Bréfritari: Jakobína Jónsdóttir
Viðtakandi: Sólveig Jónsdóttir
Dagsetning: A-1856-05-14
Skrifað á: Hólmum  S-Múl.
systir bréfviðtakanda

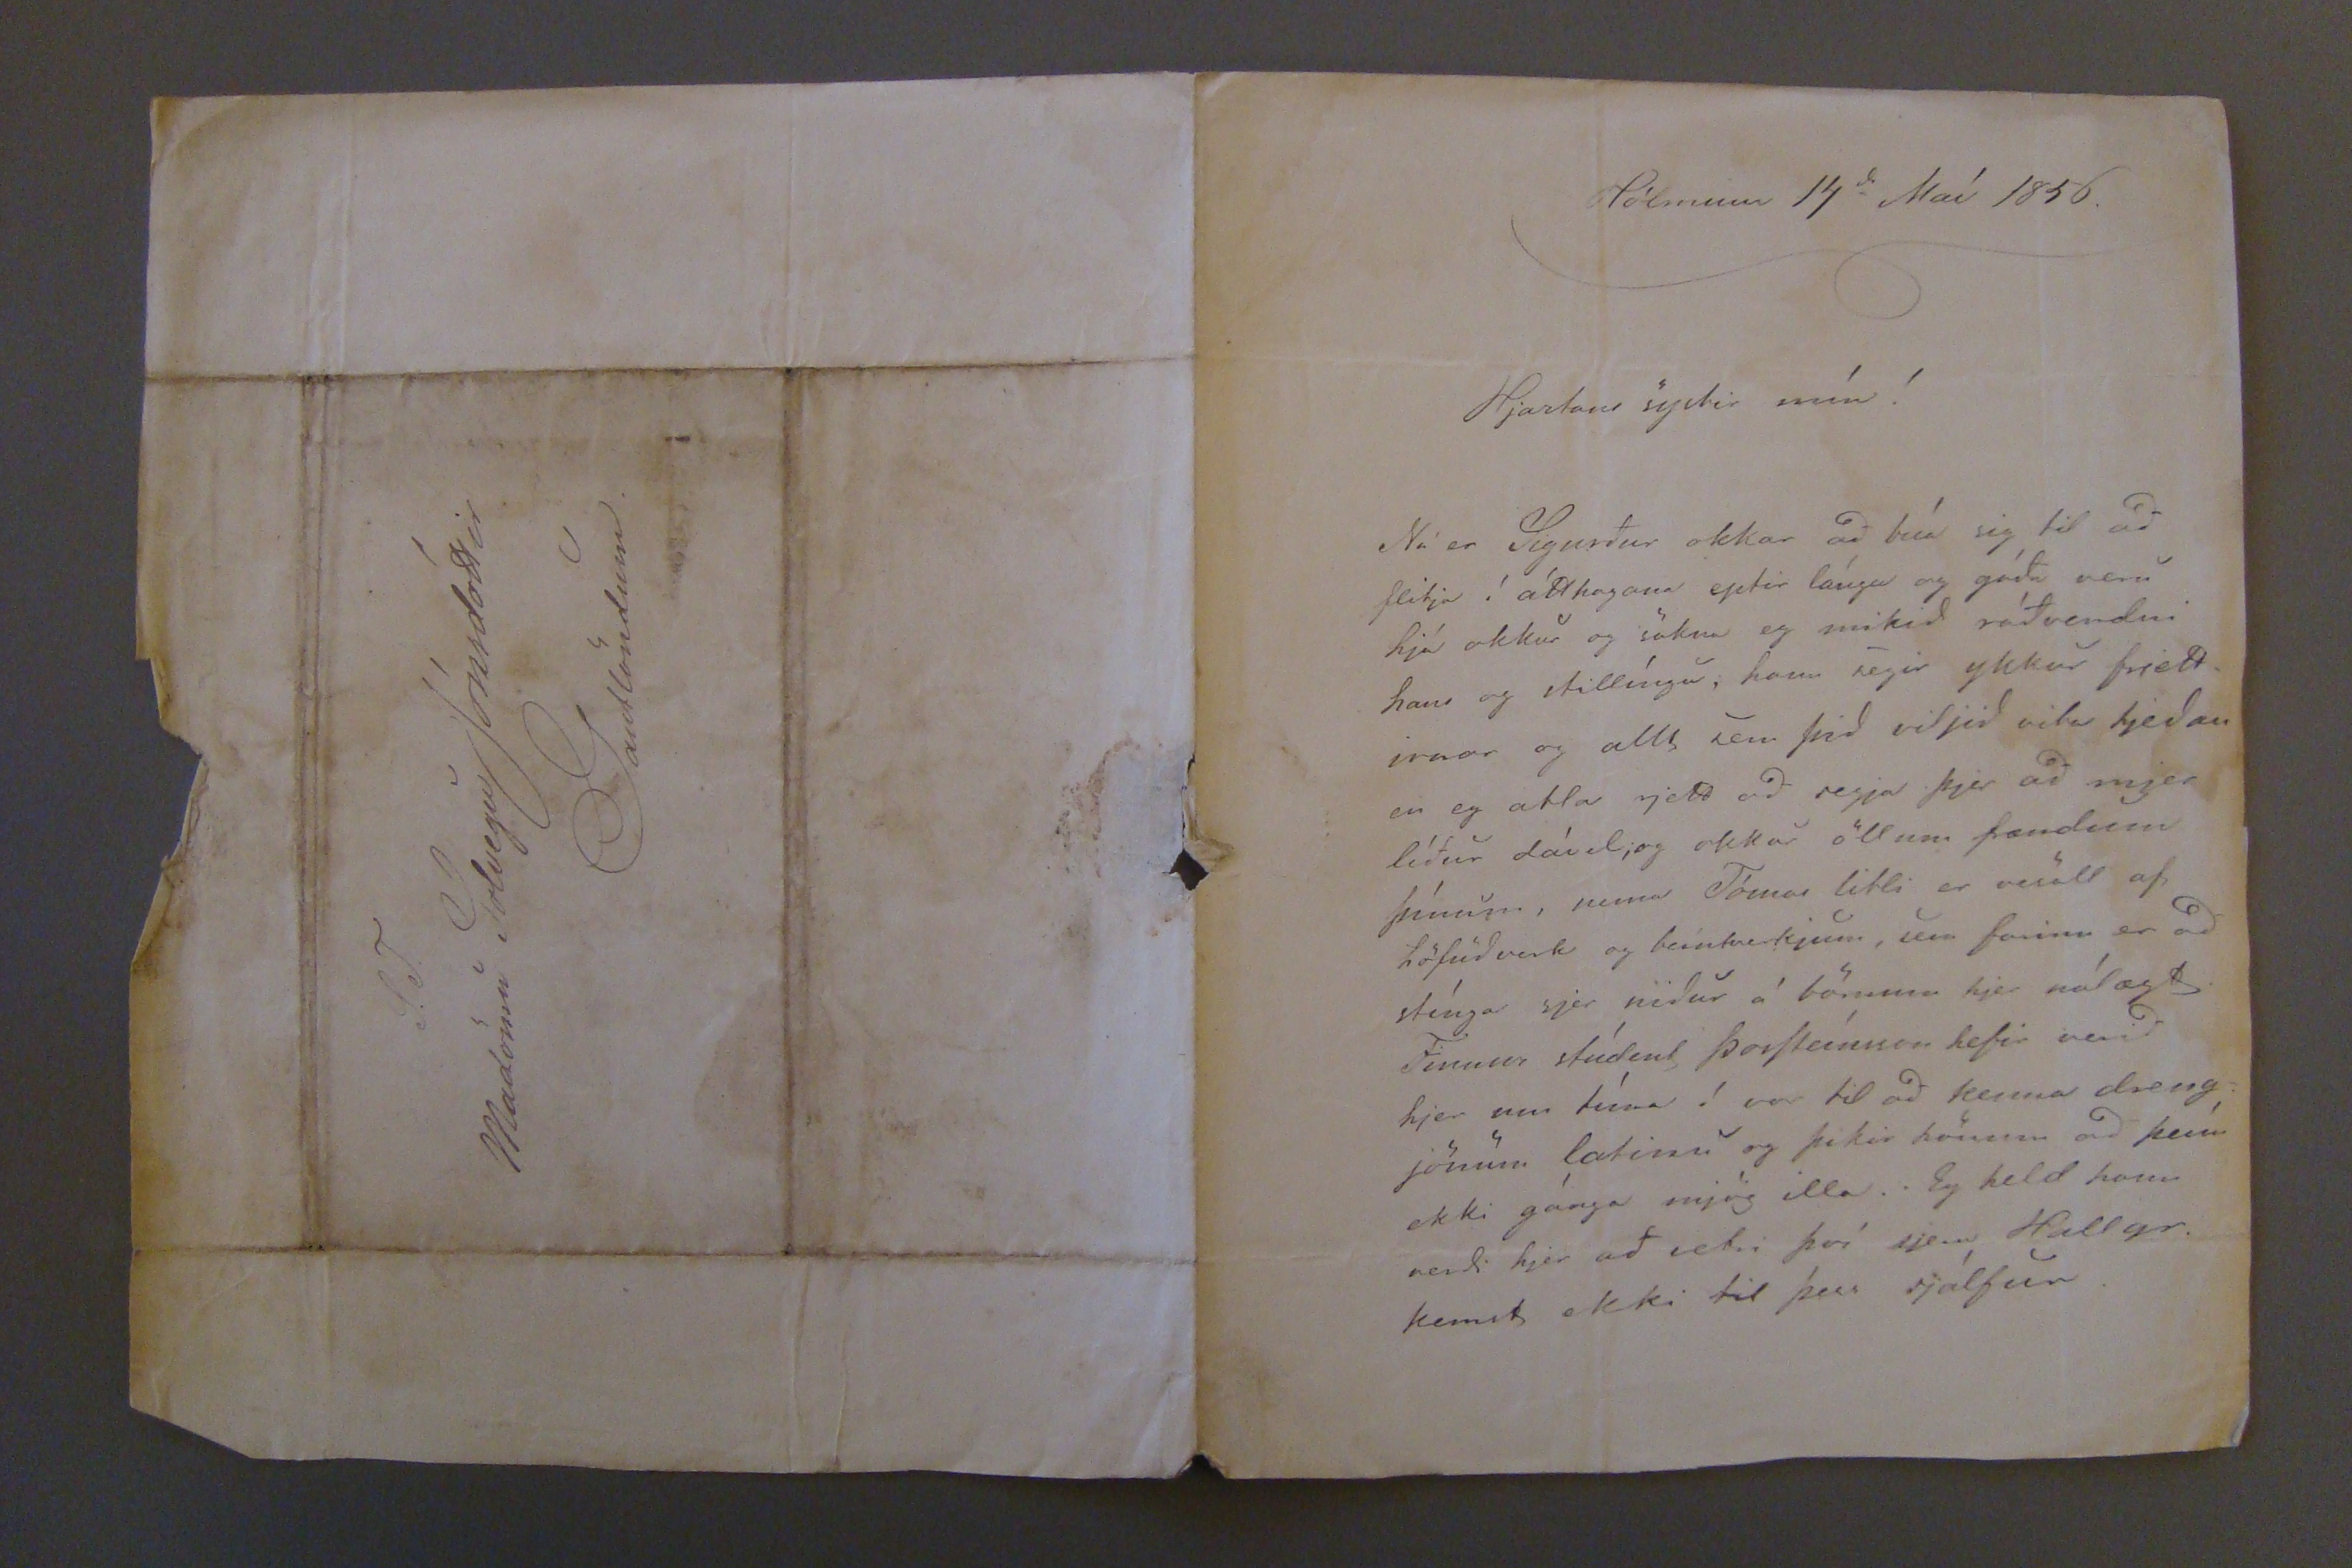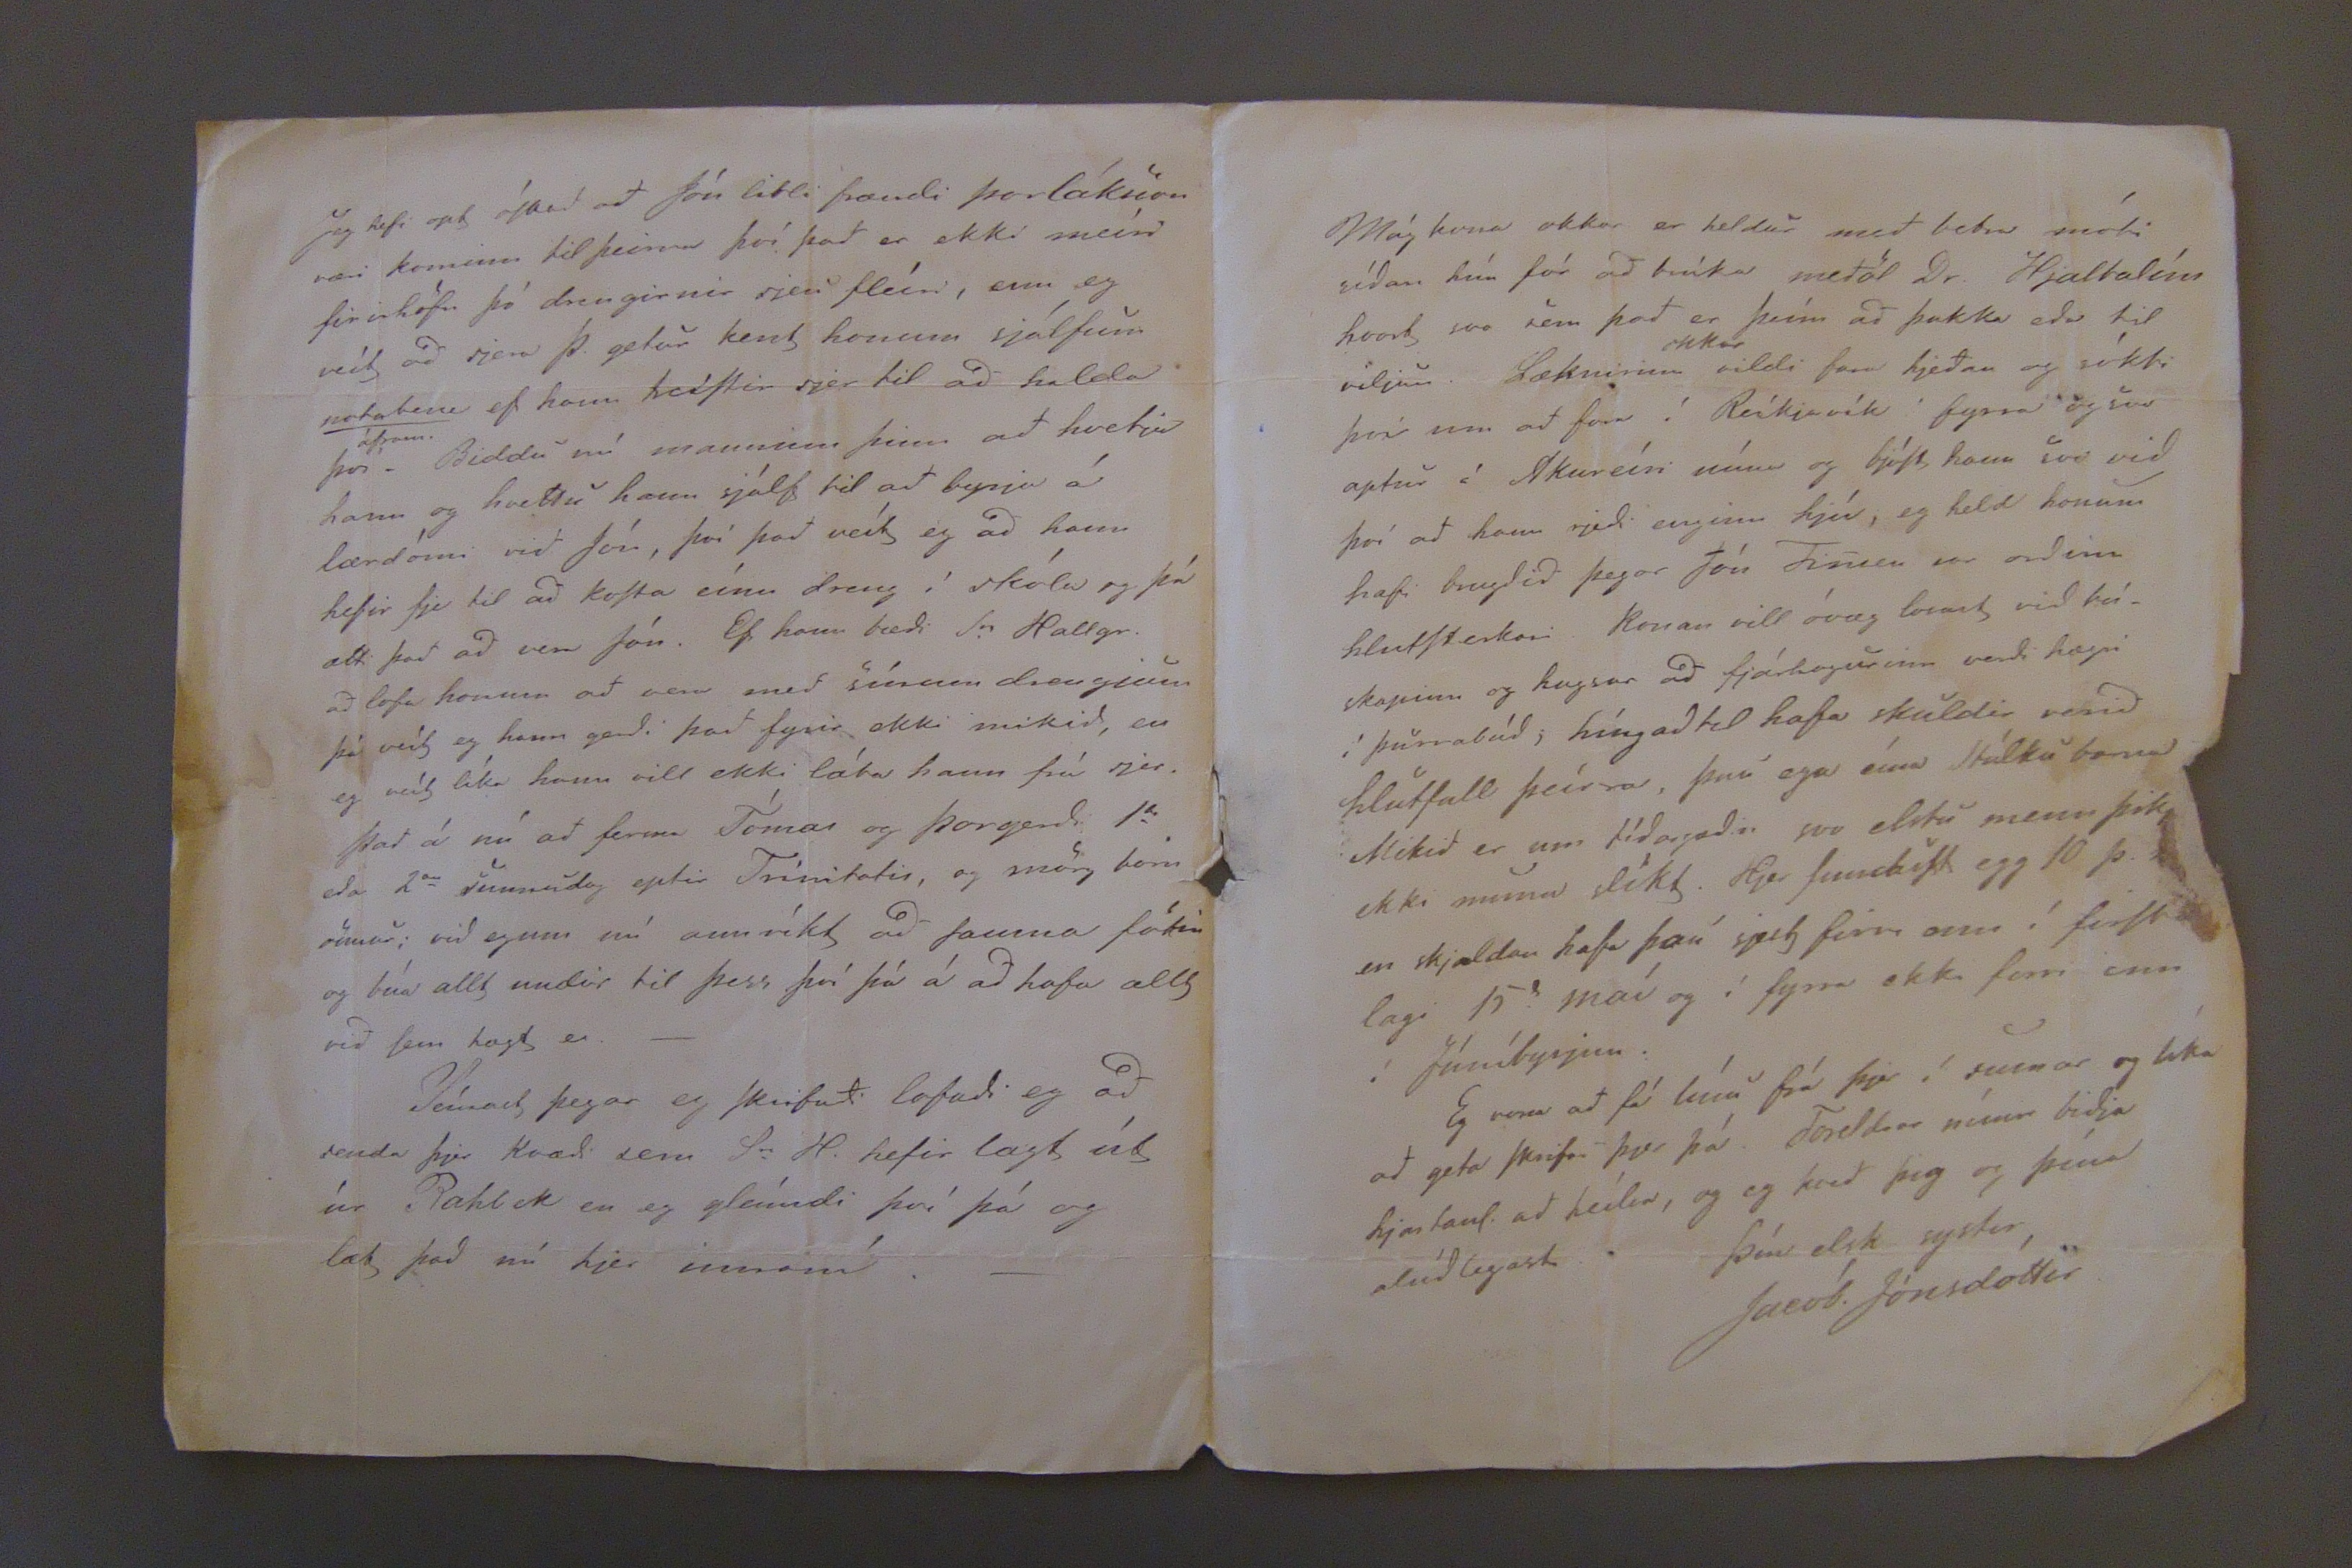

Hólmum 14
d
Maí 1856.
Hjartans systir mín!
Nú er Sigurður okkar að búa sig til að flitja í átthagana eptir lánga og góða veru hjá okkur og sakna eg mikið ráðvendni hans og stillíngu, hann segir ykkur frjettirnar og allt sem þið viljið vita hjeðan en eg atla rjett að segja þjer að mjer líður dável; og okkur öllum frændum þínum, þema Tómas litli er vesall af höfuðverk og beintverkjum, sem farinn er að stínga sjer niður á börnum hjer nálægt. Finnur stúdent ÞorSteínsson hefir verið hjer um tíma í vor til að kenna drengjónum lætinu og þikir honum að þeím ekki gánga mjög illa. Eg held hann verdi hjer að vetri því sjera Hallgr. kemst ekki til þess sjálfur.
Jeg hefi opt óSkað að Jón litli frændi Þorláksson væri kominn til þeirra því það er ekki meíri firirhöfn þó drengirnir sjeu fleíri, enn eg veít að sjera Þ. getur kent honum sjálfum
notabeni
ef hann treíStir sjer til að halda því
áfram
. Biddu nú manninn þinn að hvetju hann og hvettu hann sjálf til að byrja á lærdómi við Jón, því það veít eg að hann hefir fje til að koSta eínu dreg í skóla og þá ætti það að vera Jón. Ef hann bæði Sr Hallgr. að lofa honum að vera með sínum drengjum þá veít eg hann gerði það fyrir ekki mikið, en eg veít líka hann vill ekki láta hann frá sjer. Það á nú að ferma Tómas og Þorgerði 1
da
eða 2
an
sunnudag eptir Trínitatis, og mörg born sumur; við egum nú annríkt að sauma fötin og búa allt undir til þess því þá á að hafa allt við sem hægt er.-
Seínast þegar eg Skrifaði lofaði eg að senda þjer Kvæði sem Sr H. hefir lagt út úr
Rahlek
en eg gleímdi því þá og læt það nú hjer innaní.-
S.J.
Madömu Solvegu Jónsdóttir
Gaudlöndum
Mág kona okkar er heldur með betra móti síðan hún fór að brúka meðöl Dr. Hjaltalíns hvort svo sem það er þeím að þakka eða tiil viljun. Læknirinn
okkar
vildi fara hjeðan og sókti því um að fara í Reíkjavík í fyrra og svo aptur á Akureíri núna og bjóSt hann svo vid því að hann rjedi enginn hjú, eg held honum hafi brugðið þegar Jón Finsen var orðinn hlutSterkari. Konan vill óvæg losast við búskapinn og hugsar að fjárhagurinn verið hægri í þurrabúð; híngað til hafa skuldir verið hlutfall þeírra, þau ega sína Stúlkubarna Mikið er um tíðargæðin svo elstu menn þikj ekki minna slíkt. Hjer funduSt egg 10 þ. en skjaldan hafa þaú sjest firri enn í firSta lagi 15
d
maí og í fyrra ekki fyrr enn í Júníbyrjun.
Eg vona að fá línu frá þjer í sumar og líka að geta skrifa þjer þá. Foreldrar mínir biðja hjartanl. að heílsa, og eg kveð þig og þína alúðlegast.
Þín elsk systir
Jacób. Jónsdóttir